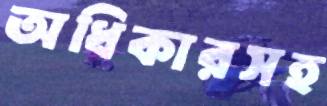
অধিকারসহ